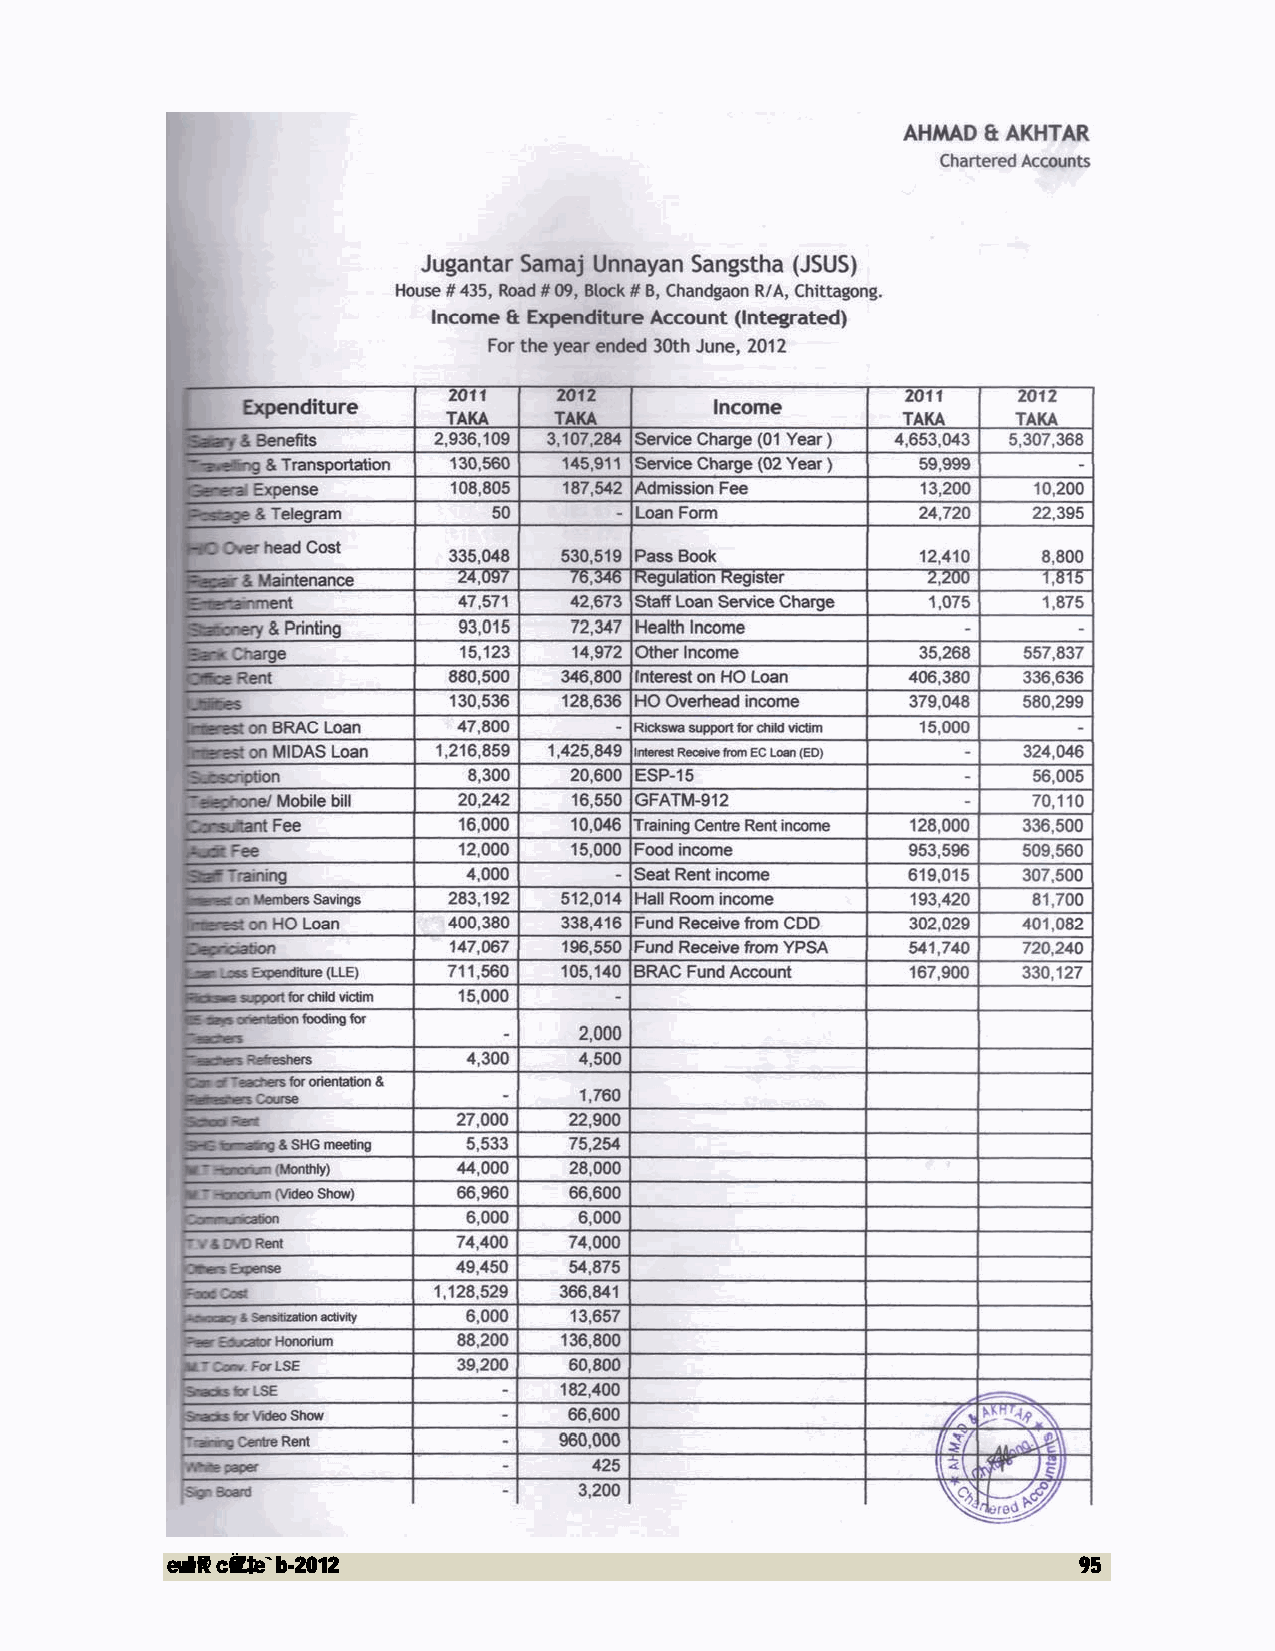
evwl©K cÖwZ‡e`b-2012                                        95